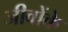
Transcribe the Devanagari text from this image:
जीवोंके